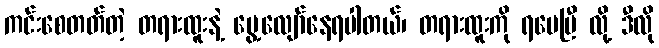
ကင်းစေတတ်တဲ့ တရားထူးနဲ့ မွေ့လျော်နေရပါတယ်၊ တရားထူးကို ရပေပြီ လို့ ဒီလို